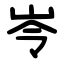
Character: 岺